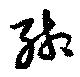
緗